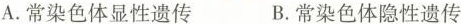
A.常染色体显性遗传 B.常染色体隐性遗传